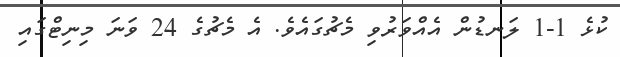
ކުޅެ 1-1 ލަނޑުން އެއްވަރުވި މެޗުގައެވެ. އެ މެޗުގެ 24 ވަނަ މިނިޓްގައި